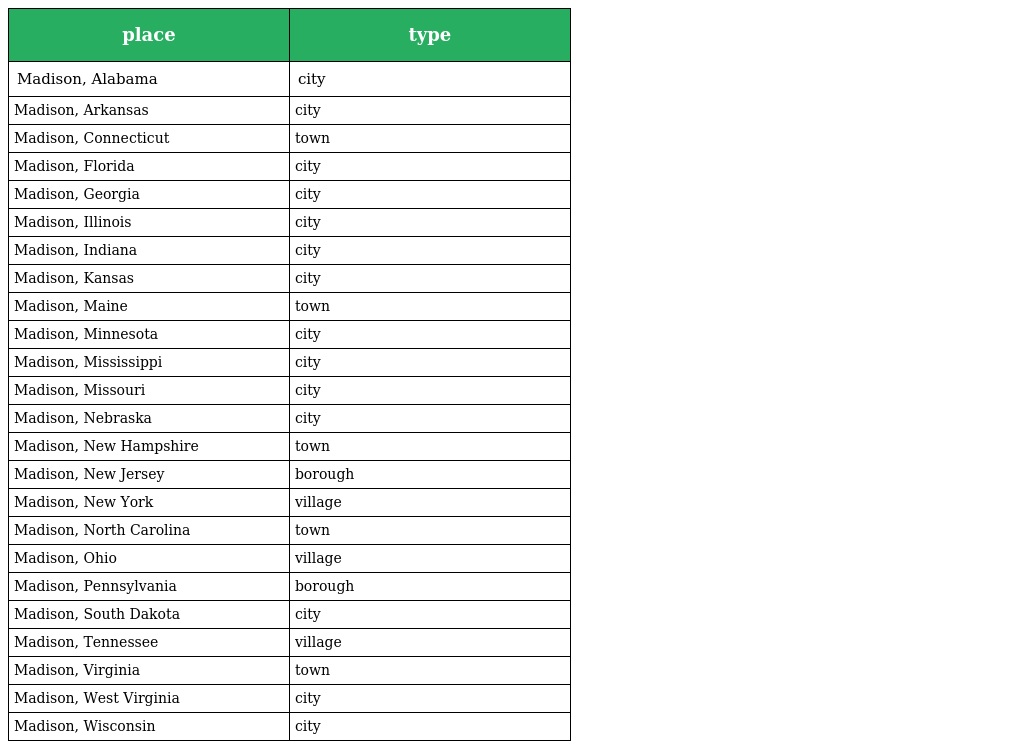
| place | type |
 | --- | --- |
 | Madison, Alabama | city |
 | Madison, Arkansas | city |
 | Madison, Connecticut | town |
 | Madison, Florida | city |
 | Madison, Georgia | city |
 | Madison, Illinois | city |
 | Madison, Indiana | city |
 | Madison, Kansas | city |
 | Madison, Maine | town |
 | Madison, Minnesota | city |
 | Madison, Mississippi | city |
 | Madison, Missouri | city |
 | Madison, Nebraska | city |
 | Madison, New Hampshire | town |
 | Madison, New Jersey | borough |
 | Madison, New York | village |
 | Madison, North Carolina | town |
 | Madison, Ohio | village |
 | Madison, Pennsylvania | borough |
 | Madison, South Dakota | city |
 | Madison, Tennessee | village |
 | Madison, Virginia | town |
 | Madison, West Virginia | city |
 | Madison, Wisconsin | city |